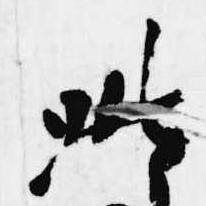
此